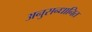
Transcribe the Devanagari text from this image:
अनुसन्‍धानित